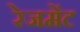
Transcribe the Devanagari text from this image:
रेजमेंट